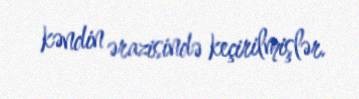
kəndin ərazisində keçirilmişlər.